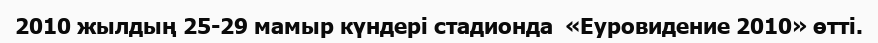
2010 жылдың 25-29 мамыр күндері стадионда  «Еуровидение 2010» өтті.